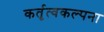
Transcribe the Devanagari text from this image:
कर्तृत्वकल्पना